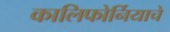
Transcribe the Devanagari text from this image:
कालिफोर्नियाचे